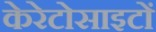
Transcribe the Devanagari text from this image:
केरेटोसाइटों